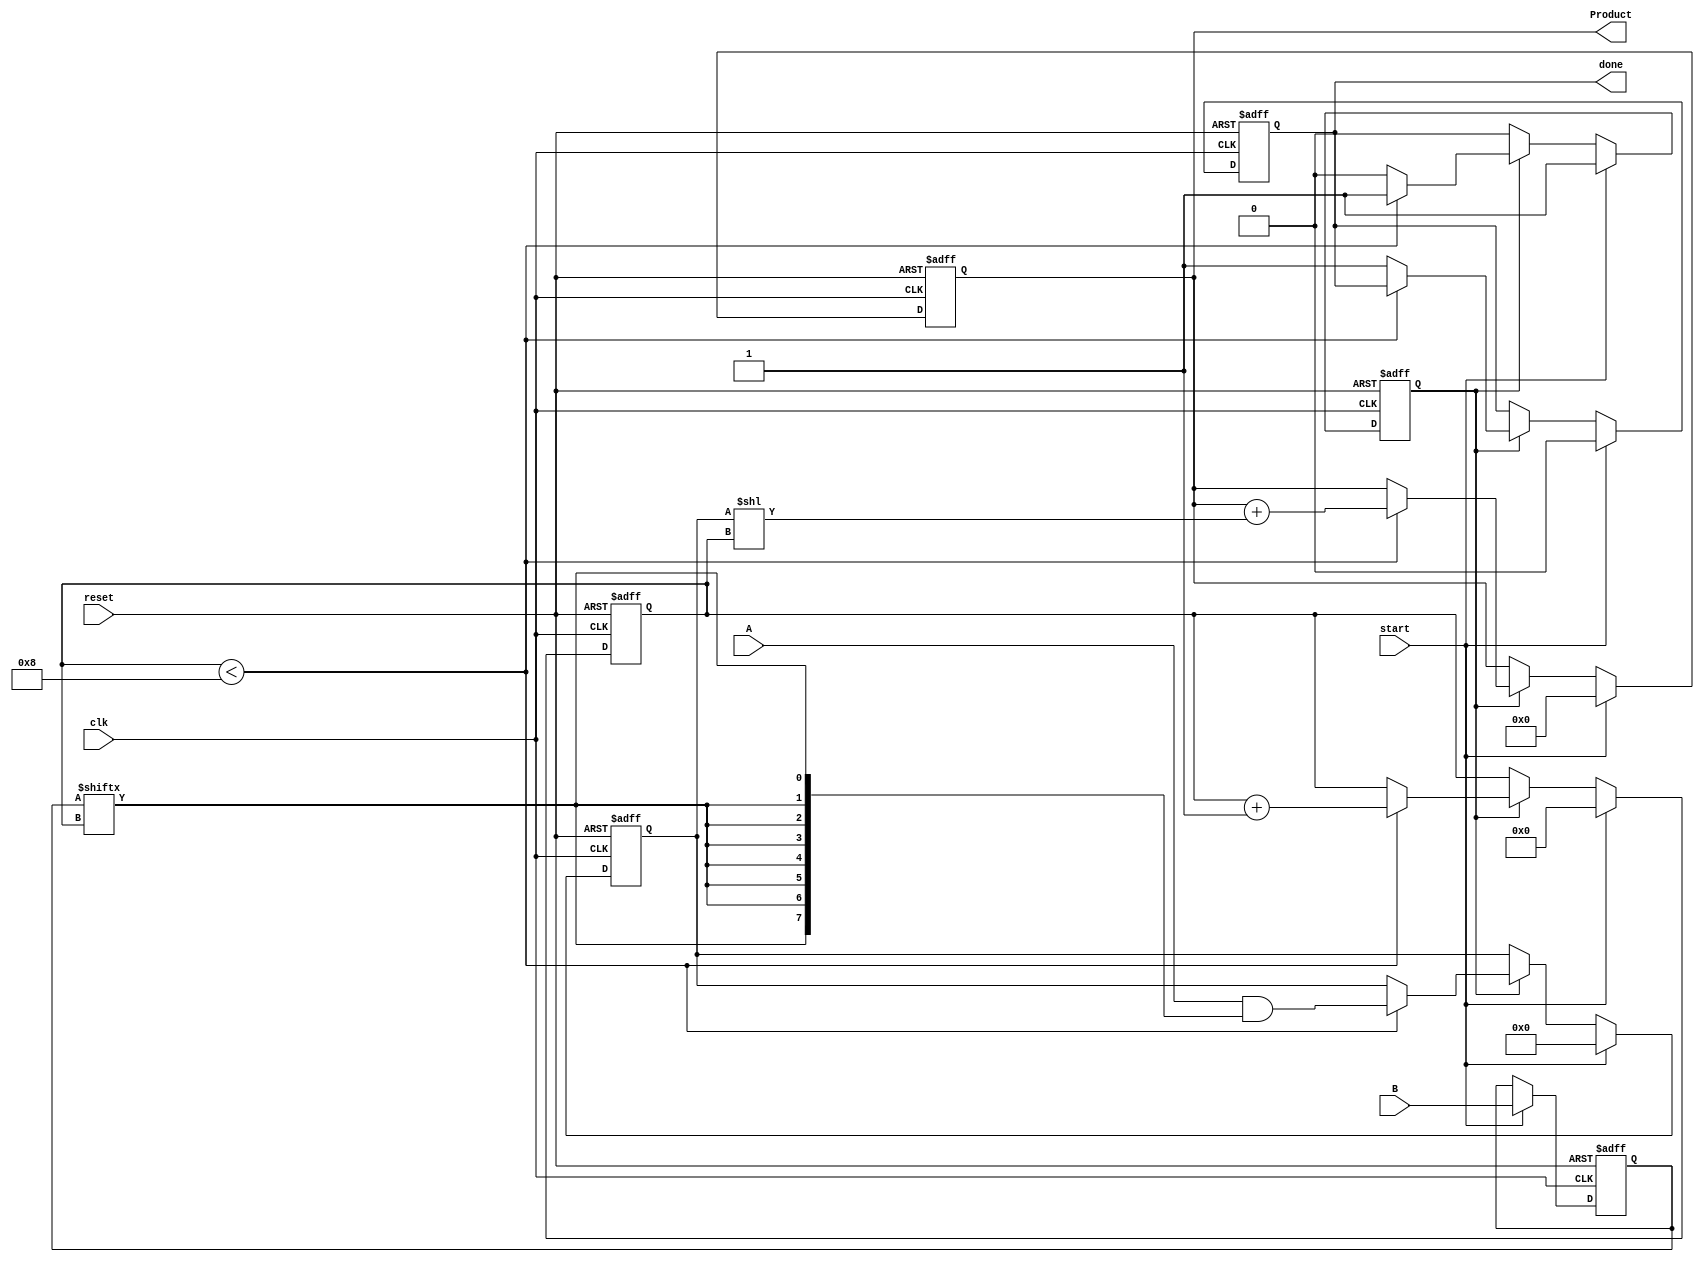
module PartialProductAccumulator #(parameter N = 8, M = 8) (
    input  wire [N-1:0] A,         // Multiplicand
    input  wire [M-1:0] B,         // Multiplier
    input  wire clk,               // Clock signal
    input  wire reset,             // Asynchronous reset
    input  wire start,             // Start signal
    output reg [N+M-1:0] Product,  // Final product
    output reg done                // Done signal
);

    reg [N-1:0] partial_product;    // Current partial product
    reg [M-1:0] b_temp;             // Temporary register for B
    reg [3:0] count;                // Bit counter for B
    reg accumulating;               // State flag for accumulation

    // Asynchronous reset
    always @(posedge clk or posedge reset) begin
        if (reset) begin
            Product <= 0;
            partial_product <= 0;
            b_temp <= 0;
            count <= 0;
            done <= 0;
            accumulating <= 0;
        end else if (start) begin
            // Initialize for multiplication
            Product <= 0;
            partial_product <= 0;
            b_temp <= B;
            count <= 0;
            done <= 0;
            accumulating <= 1;
        end else if (accumulating) begin
            if (count < M) begin
                // Generate the current partial product
                partial_product <= A & {N{b_temp[count]}};
                
                // Accumulate the partial product
                Product <= Product + (partial_product << count);
                
                // Increment counter
                count <= count + 1;
            end else begin
                // Finished accumulating all partial products
                accumulating <= 0;
                done <= 1;
            end
        end
    end

endmodule